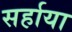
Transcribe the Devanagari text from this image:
सर्हाया